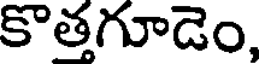
కొత్తగూడెం,